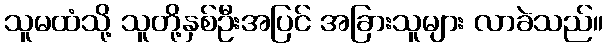
သူမထံသို့ သူတို့နှစ်ဦးအပြင် အခြားသူများ လာခဲသည်။